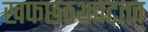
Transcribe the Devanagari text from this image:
खफछठथचटतव्